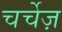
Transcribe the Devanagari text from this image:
चर्चेज़